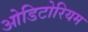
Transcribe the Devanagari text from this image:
ओडिटोरियम